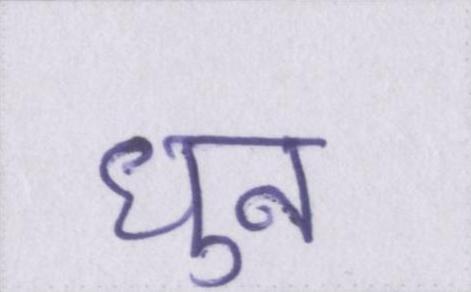
धुन